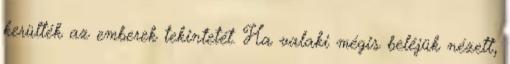
kerülték az emberek tekintetét. Ha valaki mégis beléjük nézett,